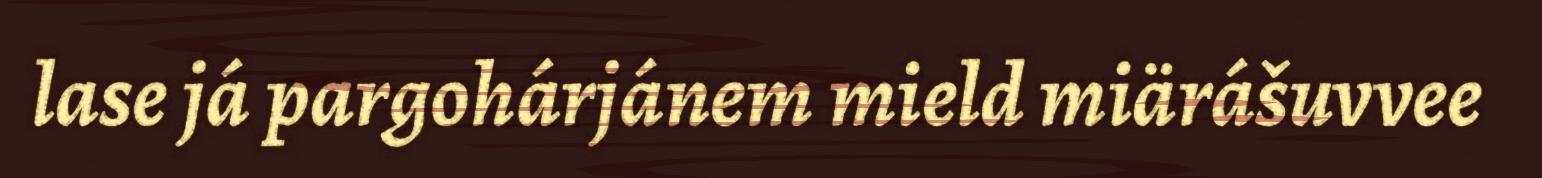
lase já pargohárjánem mield miärášuvvee